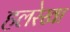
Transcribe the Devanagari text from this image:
हलरेखा